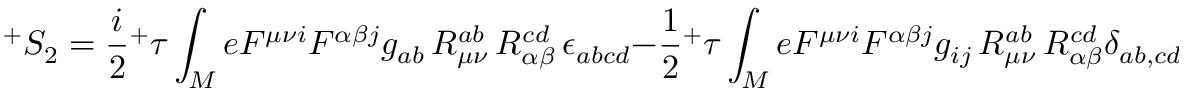
^ { + } S _ { 2 } = \frac { i } { 2 } { ^ + \tau } \int _ { M } e F ^ { \mu \nu i } F ^ { \alpha \beta j } g _ { a b } \, { \cal R } _ { \mu \nu } ^ { a b } \, { \cal R } _ { \alpha \beta } ^ { c d } \, \epsilon _ { a b c d } - \frac { 1 } { 2 } { ^ + \tau } \int _ { M } e F ^ { \mu \nu i } F ^ { \alpha \beta j } g _ { i j } \, { \cal R } _ { \mu \nu } ^ { a b } \, { \cal R } _ { \alpha \beta } ^ { c d } \delta _ { a b , c d } \, .